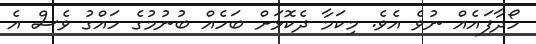
ހޯދާފައެއް ނުވެ އެވެ. މިކަމާ ދެކޮޅަށް ބަހެއް ބުނުމުގެ ހައްގު ވެސް އެ